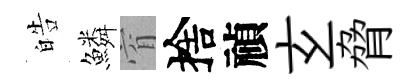
皓鱗窅捨禎𤣥脅